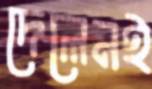
দেলেনই